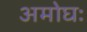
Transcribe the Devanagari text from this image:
अमोघः